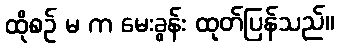
ထိုစဉ် မ က မေးခွန်း ထုတ်ပြန်သည်။